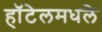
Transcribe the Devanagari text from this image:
हॉटेलमधले